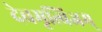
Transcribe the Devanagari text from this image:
देवमृत्विजम्